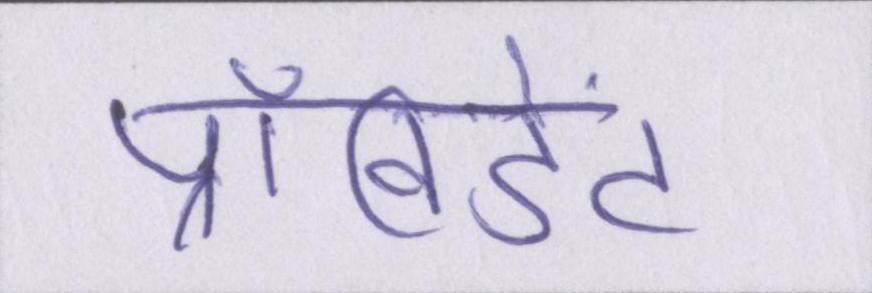
प्रॉविडेंट